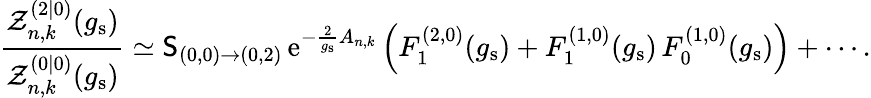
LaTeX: \frac{\mathcal{Z}_{n,k}^{(2|0)}(g_{\mathrm{s}})}{\mathcal{Z}_{n,k}^{(0|0)}(g_{\mathrm{s}})}\simeq\mathsf{S}_{(0,0)\rightarrow(0,2)}\, {\mathrm{e}}^{-\frac{2}{g_{\mathrm{s}}}A_{n,k}}\left(F_{1}^{(2,0)}(g_{\mathrm{s}})+F_{1}^{(1,0)}(g_{\mathrm{s}})\, F_{0}^{(1,0)}(g_{\mathrm{s}})\right)+\cdots.